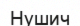
Нушич